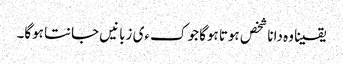
یقینا وہ دانا شخص ہوتا ہوگا جو کءی زبانیں جانتا ہوگا۔